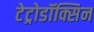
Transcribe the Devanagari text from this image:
टेट्रोडॉक्सिन